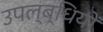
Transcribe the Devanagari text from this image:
उपल्ब्धियों